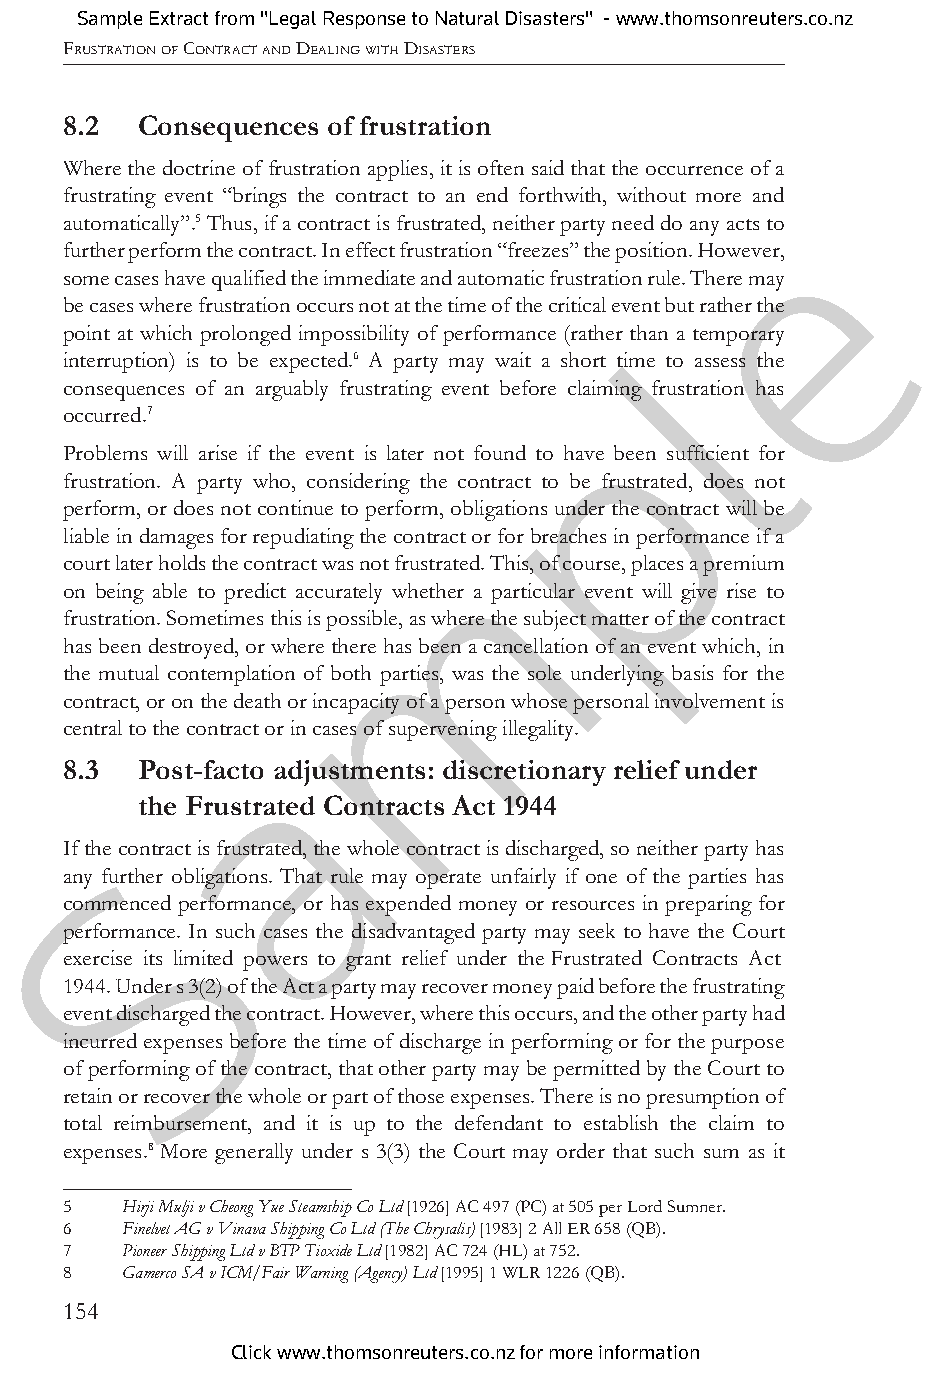
Sample Extract from "Legal Response to Natural Disasters" - www.thomsonreuters.co.nz
 FRUSTRATION OF CONTRACT AND DEALING WITH DISASTERS
 8.2 Consequences of frustration
 Where the doctrine of frustration applies, it is often said that the occurrence of a
 frustrating event “brings the contract to an end forthwith, without more and
 e
 automatically”.5 Thus, if a contract is frustrated, neither party need do any acts to
 further perform the contract. In effect frustration “freezes” the position. However,
 some cases have qualified the immediate and automatic frustration rule. There may
 be cases where frustration occurs not at the time of the critical event but rather the
 l
 point at which prolonged impossibility of performance (rather than a temporary
 interruption) is to be expected.6 A party may wait a short time to assess the
 consequences of an arguably frustrating event before cplaiming frustration has
 occurred.7
 Problems will arise if the event is later not found to have been sufficient for
 frustration. A party who, considering the contract to be frustrated, does not
 perform, or does not continue to perform, obligations under the contract will be
 m
 liable in damages for repudiating the contract or for breaches in performance if a
 court later holds the contract was not frustrated. This, of course, places a premium
 on being able to predict accurately whether a particular event will give rise to
 frustration. Sometimes this is possible, as where the subject matter of the contract
 has been destroyed, or where there has been a cancellation of an event which, in
 the mutual contemplation of both parties, was the sole underlying basis for the
 contract, or on the death or incapacity of a person whose personal involvement is
 central to the contraact or in cases of supervening illegality.
 8.3 Post-facto adjustments: discretionary relief under
 the Frustrated Contracts Act 1944
 If theS contract is frustrated, the whole contract is discharged, so neither party has
 any further obligations. That rule may operate unfairly if one of the parties has
 commenced performance, or has expended money or resources in preparing for
 performance. In such cases the disadvantaged party may seek to have the Court
 exercise its limited powers to grant relief under the Frustrated Contracts Act
 1944. Under s 3(2) of the Act a party may recover money paid before the frustrating
 event discharged the contract. However, where this occurs, and the other party had
 incurred expenses before the time of discharge in performing or for the purpose
 of performing of the contract, that other party may be permitted by the Court to
 retain or recover the whole or part of those expenses. There is no presumption of
 total reimbursement, and it is up to the defendant to establish the claim to
 expenses.8 More generally under s 3(3) the Court may order that such sum as it
 5  Hirji Mulji v Cheong Yue Steamship Co Ltd [1926] AC 497 (PC) at 505 per Lord Sumner.
 6  Finelvet AG v Vinava Shipping Co Ltd (The Chrysalis) [1983] 2 All ER 658 (QB).
 7  Pioneer Shipping Ltd v BTP Tioxide Ltd [1982] AC 724 (HL) at 752.
 8  Gamerco SA v ICM/Fair Warning (Agency) Ltd [1995] 1 WLR 1226 (QB).
 154
 Click www.thomsonreuters.co.nz for more information